Report on the working of the Ranchi Indian Mental Hospital, Kanke, in Bihar and Orissa - 1930-1940
Year: 1930
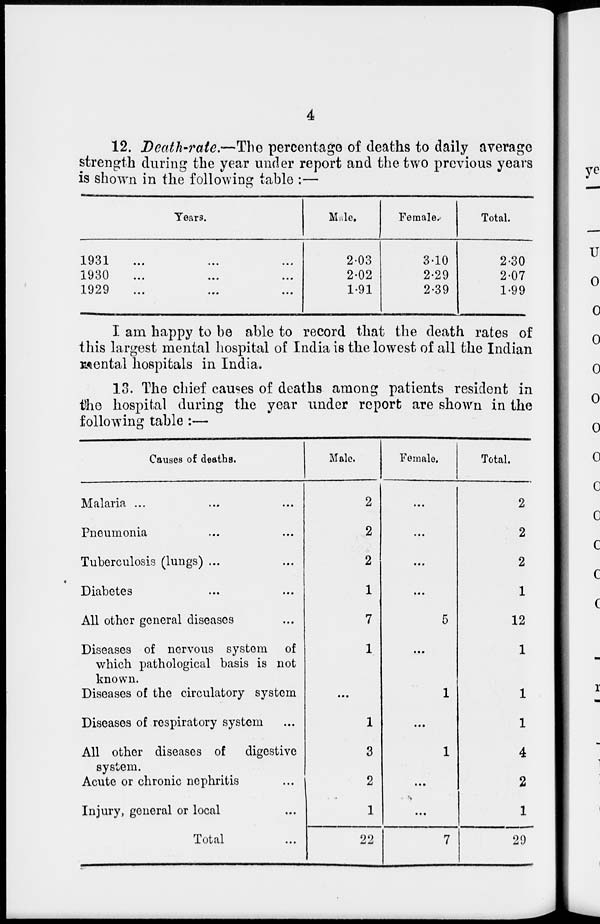
4
12. Death-rate.—The percentage of deaths to daily average
strength during the year under report and the two previous years
is shown in the following table :—
Years.
1931
...
...
...
1930
...
...
...
1929
...
...
...
Male.
2.03
2.02
1.91
Female.
3.10
2.29
2.39
Total.
2.30
2.07
1.99
I am happy to be able to record that the death rates of
this largest mental hospital of India is the lowest of all the Indian
mental hospitals in India.
13. The chief causes of deaths among patients resident in
the hospital during the year under report are shown in the
following table :—
Causes of deaths.
Malaria ... ... ...
Pneumonia ... ...
Tuberculosis (lungs) ... ...
Diabetes ... ...
All other general diseases ...
Diseases of nervous system of
which pathological basis is not
known.
Diseases of the circulatory system
Diseases of respiratory system ...
All other diseases of
digestive
system.
Acute or chronic nephritis ...
Injury, general or local ...
Total ...
Male.
2
2
2
1
7
1
...
1
3
2
1
22
Female.
...
...
...
...
5
...
1
...
1
...
...
7
Total.
2
2
2
1
12
1
1
1
4
2
1
29